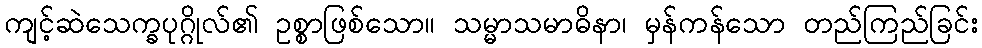
ကျင့်ဆဲသေက္ခပုဂ္ဂိုလ်၏ ဥစ္စာဖြစ်သော။ သမ္မာသမာဓိနာ၊ မှန်ကန်သော တည်ကြည်ခြင်း